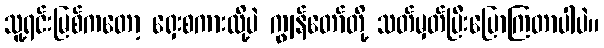
သူ့ရင်းမြစ်ကတော့ ရှေးစကားလို့ပဲ ကျွန်တော်တို့ သတ်မှတ်ပြီးပြောကြတာပါပဲ။